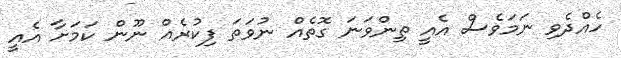
ހެއްދެވި ނަމަވެސް އެއީ ތިންވަނަ ގޮތެއް ނުވަތަ ފިކުރެއް ނޫން ކަމަށާ އެއީ